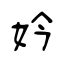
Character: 妗